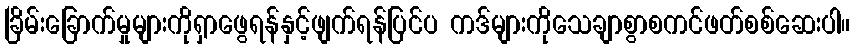
ခြိမ်းခြောက်မှုများကိုရှာဖွေရန်နှင့်ဖျက်ရန်ပြင်ပ ကဒ်များကိုသေချာစွာစကင်ဖတ်စစ်ဆေးပါ။